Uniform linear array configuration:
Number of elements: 8
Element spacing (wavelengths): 0.5
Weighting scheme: uniform
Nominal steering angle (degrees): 15
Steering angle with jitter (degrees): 13.165
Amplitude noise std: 0.05
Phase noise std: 0.05

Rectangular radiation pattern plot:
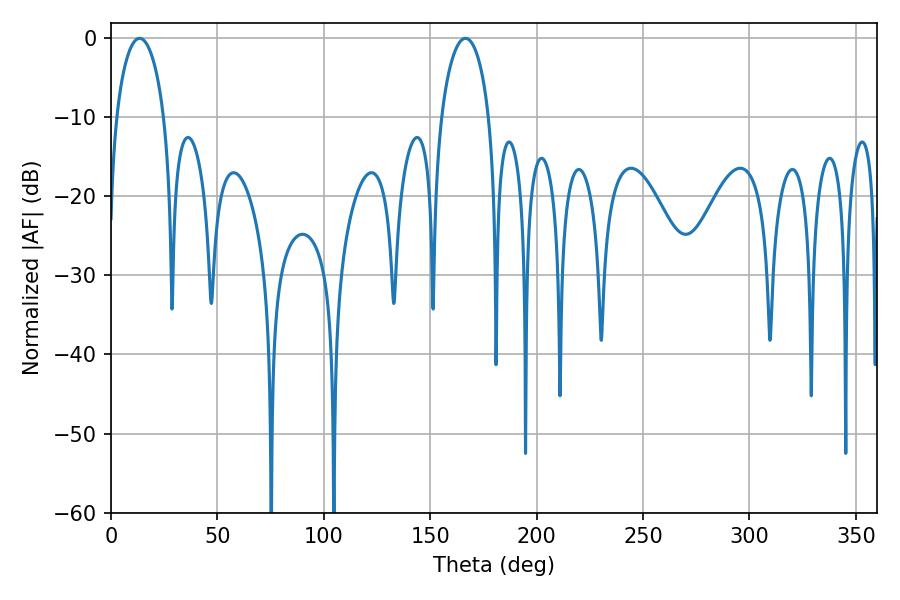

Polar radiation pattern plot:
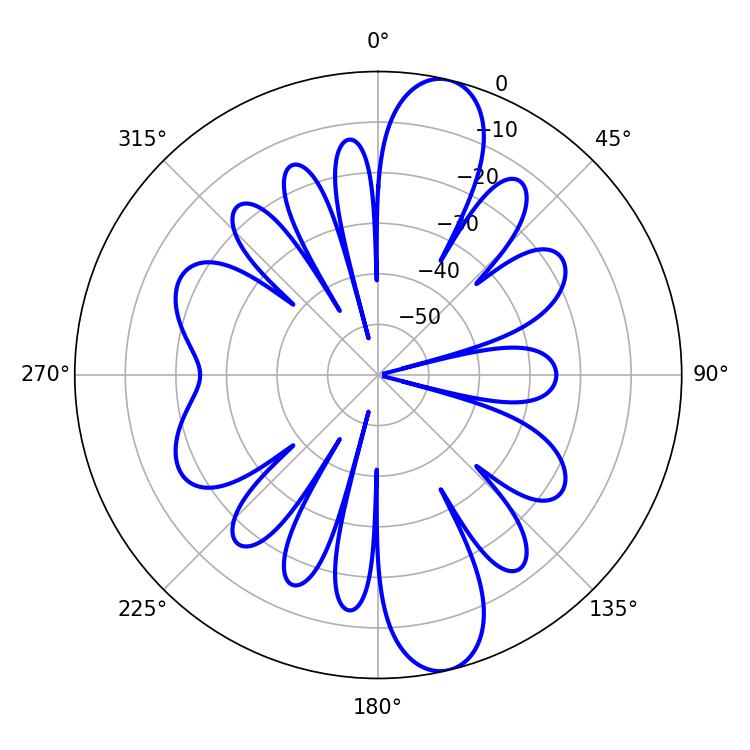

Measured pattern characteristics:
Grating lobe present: FALSE
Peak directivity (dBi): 12.827
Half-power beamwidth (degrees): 12.96
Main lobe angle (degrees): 166.5